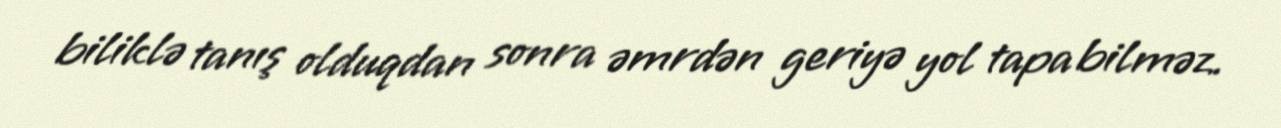
biliklə tanış olduqdan sonra əmrdən geriyə yol tapa bilməz.